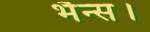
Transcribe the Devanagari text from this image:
भैन्स।